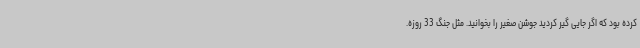
کرده بود که اگر جایی گیر کردید جوشن صغیر را بخوانید. مثل جنگ 33 روزه.